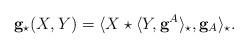
LaTeX: \begin{align*} \mathbf{g}_\star(X,Y)=\langle X\star\langle Y, \mathbf{g}^A\rangle_\star,\mathbf{g}_A\rangle_\star.\end{align*}